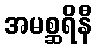
အမစ္ဆရိနီ